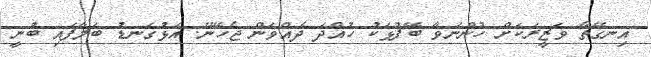
އިނގޭތޯ ވަޒީރަކަށް ހުންނަވާ ބޭފުޅަކު ހުއްދަ ދެއްވަން ޖެހޭނޭ. އަޅުގަނޑު ބަލާފައި ބުނީ